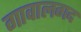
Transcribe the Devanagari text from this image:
गावालगद